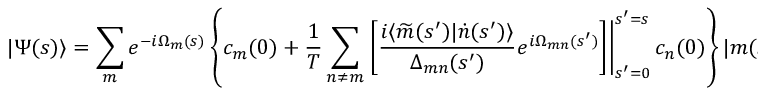
| \Psi ( s ) \rangle = \sum _ { m } e ^ { - i \Omega _ { m } ( s ) } \left\{ c _ { m } ( 0 ) + \frac { 1 } { T } \sum _ { n \neq m } \left. \left[ \frac { i \langle \widetilde { m } ( s ^ { \prime } ) | \dot { n } ( s ^ { \prime } ) \rangle } { \Delta _ { m n } ( s ^ { \prime } ) } e ^ { i \Omega _ { m n } ( s ^ { \prime } ) } \right] \right| _ { s ^ { \prime } = 0 } ^ { s ^ { \prime } = s } c _ { n } ( 0 ) \right\} | m ( s ) \rangle .